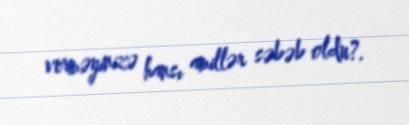
verməyinizə hansı amillər səbəb oldu?.